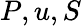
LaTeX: P,u,S